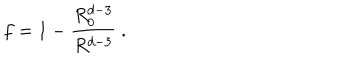
f = 1 - \frac { R _ { 0 } ^ { d - 3 } } { R ^ { d - 3 } } \ .